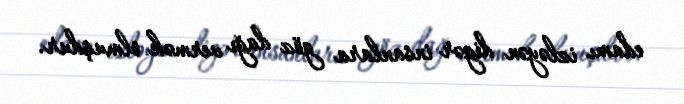
edamı izləyən digər insanlara göz dağı vermək olmuşdur.